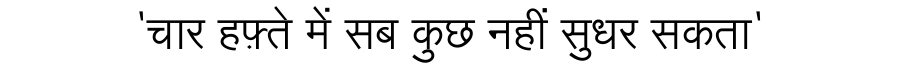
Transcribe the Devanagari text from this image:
'चार हफ़्ते में सब कुछ नहीं सुधर सकता'